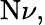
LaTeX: \mathrm{N}\nu,